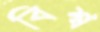
বিশ্ব